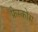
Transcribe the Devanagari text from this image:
फ्रेस्कोस